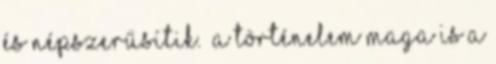
és népszerűsítik. A történelem maga is a